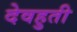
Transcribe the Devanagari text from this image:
देवहुती